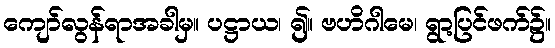
ကျော်လွန်ရာအခါမှ။ ပဋ္ဌာယ၊ ၍။ ဗဟိဂါမေ၊ ရွာ့ပြင်ဖက်၌။